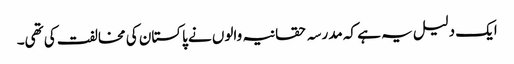
ایک دلیل یہ ہے کہ مدرسہ حقانیہ والوں نے پاکستان کی مخالفت کی تھی۔